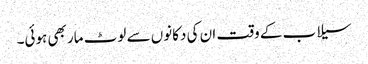
سیلاب کے وقت ان کی دکانوں سے لوٹ مار بھی ہوئی۔